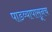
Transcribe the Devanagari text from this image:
पाडव्यापासूनच